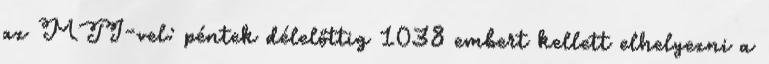
az MTI-vel: péntek délelőttig 1038 embert kellett elhelyezni a